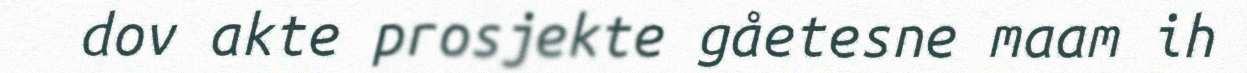
dov akte prosjekte gåetesne maam ih